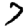
Digit: 7